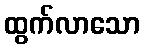
ထွက်လာသော